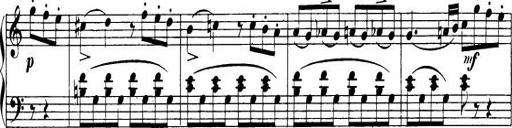
Title: Le bouquetier
Composer: Anton Diabelli
Key: G major
 C major
 F major
 C major